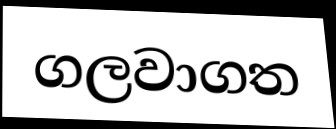
ගලවාගත